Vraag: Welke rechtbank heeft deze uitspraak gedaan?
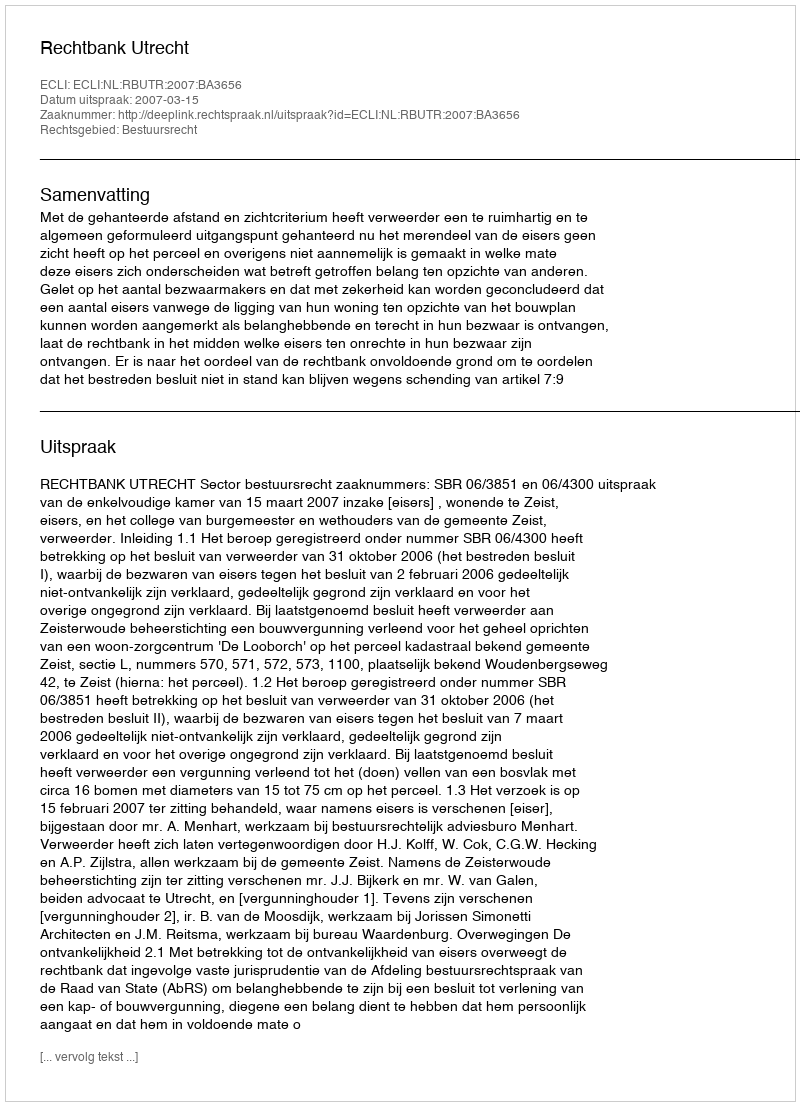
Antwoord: Rechtbank Utrecht